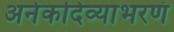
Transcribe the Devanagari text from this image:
अनेकदिव्याभरणं